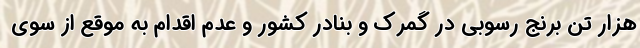
هزار تن برنج رسوبی در گمرک و بنادر کشور و عدم اقدام به موقع از سوی